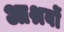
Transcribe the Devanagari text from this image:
आश्रवों